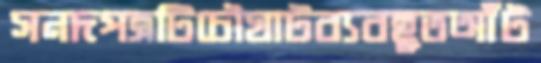
সনদপত্রটিচৌঘাটব্যবহূতআঁট